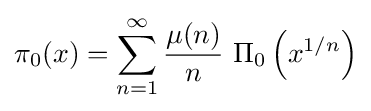
\pi _{0}(x)=\sum _{n=1}^{\infty }{\frac {\mu (n)}{n}}\ \Pi _{0}\left(x^{1/n}\right)